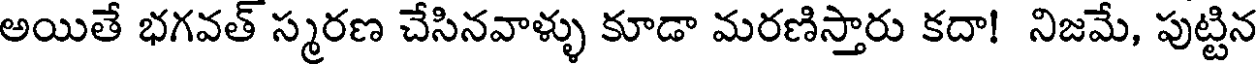
అయితే భగవత్ స్మరణ చేసినవాళ్ళు కూడా మరణిస్తారు కదా! నిజమే, పుట్టిన